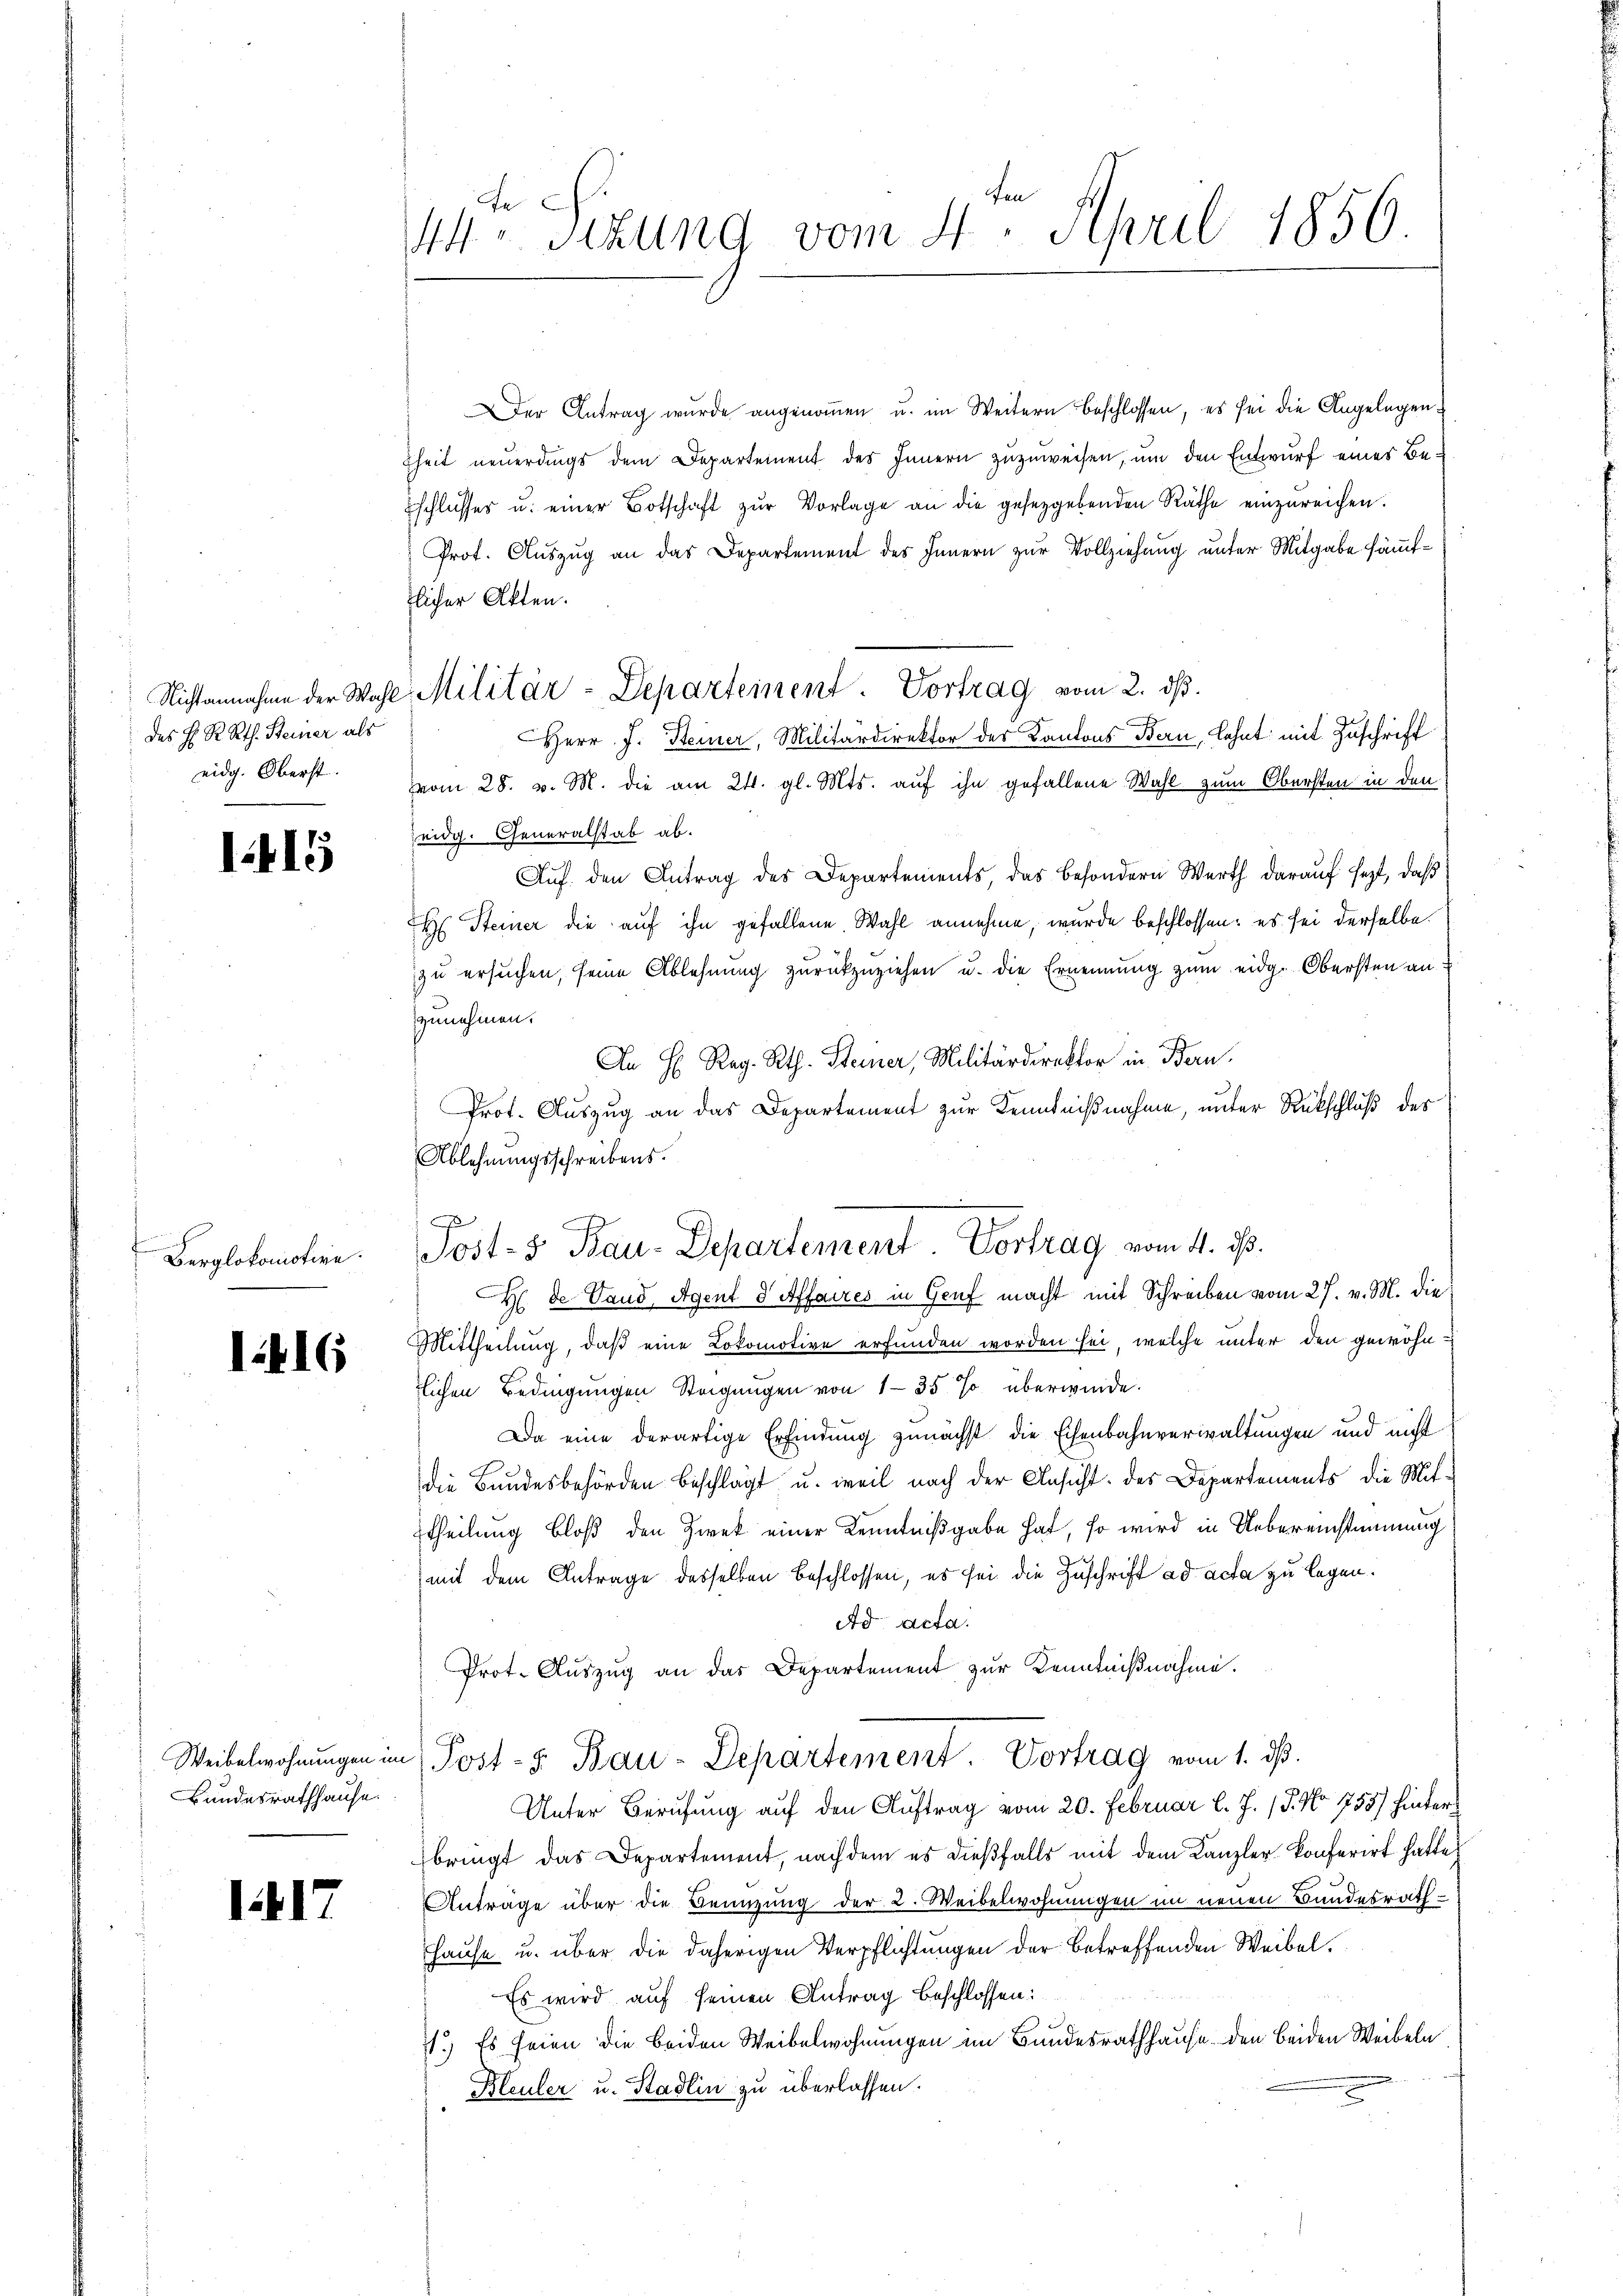
des H. R Rth. Steiner als
eidg. Oberst.

1415

Berglokomotive.

l.416

Bundesrathhause.

1417

e
44 schung vom 4. April 1856.

Nichtannahme der Wahl Militär-Departement. Vortrag vom 2. dβ.

Der Antrag wurde angenommen u. im Weitern beschlossen, es sei die Angelegenheit neuerdings dem Departement des Innern zuzuweisen, um den Entwurf eines Beschlusses u. einer Botschaft zŭr Vorlage an die gesetzgebenden Räthe einzŭreichen.
Prot. Auszug an das Departement des Innern zur Vollziehung unter Mitgabe sämmtlicher Akten.
Herr J. Steiner, Militärdirektor des Kantons Bern, lehnt mit Zuschrift
vom 28. v. M. die am 24. gl. Mts. auf ihn gefallene Wahl zum Obersten in den
eidg. Generalstab ab.
Auf den Antrag des Departements, das besondern Werth darauf sezt, daß
Steiner die auf ihn gefallene Wahl annehme, wurde beschlossen: es sei derselbe
zu ersuchen, seine Ablehnung zurückzuziehen u. die Ernennung zum eidg. Obersten an
zunehmen.
An H: Reg. Rth. Steiner, Militärdirektor in Bern.
Prot. Auszug an das Departement zur Kenntnißnahme, unter Rückschluß des
Ablehnungsschreibens.
H. de Land, Agent d Affaires in Genf macht mit Schreiben vom 27. v. M. die
Mittheilung, daß eine Lokomotive erfunden worden sei, welche unter den gewöhnlichen Bedingungen Steigungen von 135 % überwinde.
Da eine derartige Erfindung zunächst die Eisenbahnverwaltungen und nicht
die Bundesbehörden beschlägt, u. weil nach der Ansicht des Departements die Mit-
Theilung bloß den Zwek einer Kenntnißgabe hat, so wird in Uebereinstimmung
mit dem Antrage desselben beschlossen, es sei die Zuschrift ad acta zu legen.
Ad Acta.
Prot. Auszug an das Departement zur Kenntnißnahme.
Weibelwohnŭngen im Post- u. Bau-Departement. Vortrag vom 1. ds.
Unter Berufung auf den Auftrag vom 20. Februar l. J. J. No 755) hinterbringt das Departement, nach dem es dießfalls mit dem Kanzler Konferirt hatte
Anträge über die Benuzung der 2. Weibelwohnungen im neuen Bundesrath¬
Hause u. über die daherigen Verpflichtungen der betreffenden Weibel.
Es wird auf seinen Antrag beschlossen:
71.) Es seien die beiden Weibelwohnungen im Bundesrathhause den beiden Weibeln
Bleuler u. Stadlin zu überlassen.

Post- & Bau-Departement. Vortrag vom 4. ds.